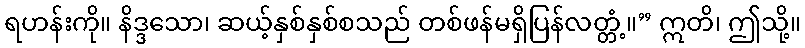
ရဟန်းကို။ နိဒ္ဒသော၊ ဆယ့်နှစ်နှစ်စသည် တစ်ဖန်မရှိပြန်လတ္တံ့။” ဣတိ၊ ဤသို့။